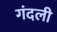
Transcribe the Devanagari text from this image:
गंदली